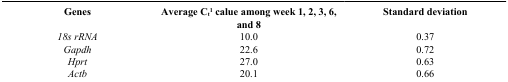
| Genes | Average Ct1 calue among week 1, 2, 3, 6, and 8 | Standard deviation |
 | --- | --- | --- |
 | 18s rRNA | 10.0 | 0.37 |
 | Gapdh | 22.6 | 0.72 |
 | Hprt | 27.0 | 0.63 |
 | Actb | 20.1 | 0.66 |